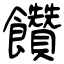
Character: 饡